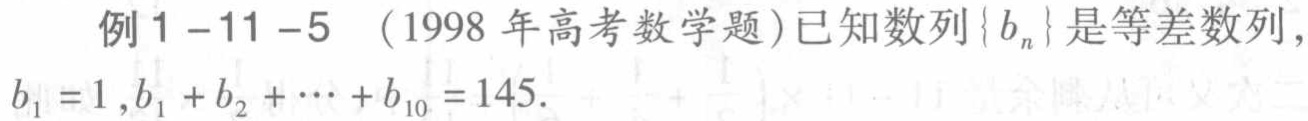
例1-11-5 （1998年高考数学题）已知数列\(\{b_{n}\}\)是等差数列，\(b_{1}=1,b_{1}+b_{2}+\cdots +b_{10}=145\).